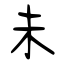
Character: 未